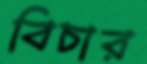
বিচার